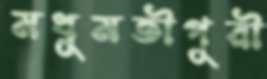
মধুমতীপুরী